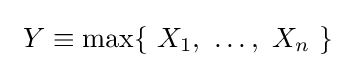
\ Y\equiv \max\{\ X_{1},\ \ldots ,\ X_{n}\ \}\